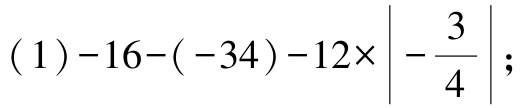
\((1)-16-(-34)-12\times\left|-\frac{3}{4}\right|;\)